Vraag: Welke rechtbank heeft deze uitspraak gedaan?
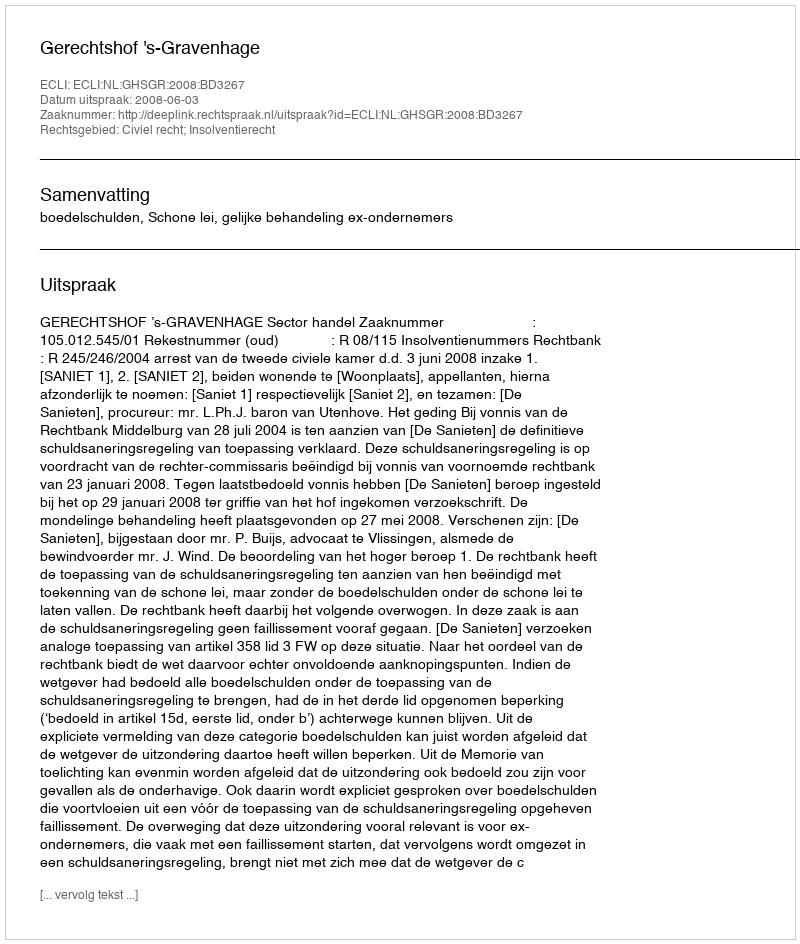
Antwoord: Gerechtshof 's-Gravenhage